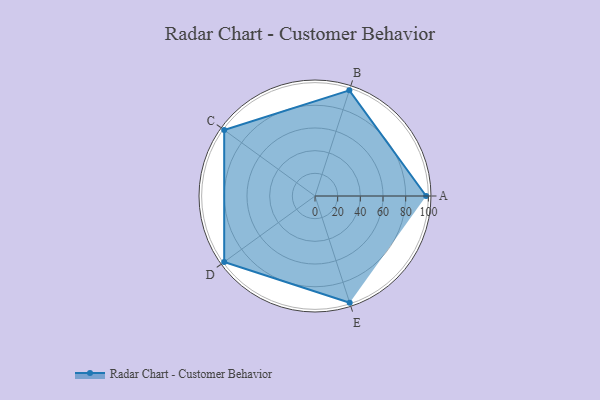
{"axis": {"x": "Skill", "y": "Score"}, "legend": ["Profile"], "data": [{"x": "A", "y": 98.0, "type": "Profile"}, {"x": "B", "y": 98.0, "type": "Profile"}, {"x": "C", "y": 99, "type": "Profile"}, {"x": "D", "y": 99, "type": "Profile"}, {"x": "E", "y": 99, "type": "Profile"}]}